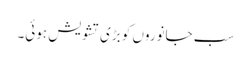
سب جانوروں کو بڑی تشویش ہوئی۔